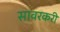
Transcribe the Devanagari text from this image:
सावरकरी